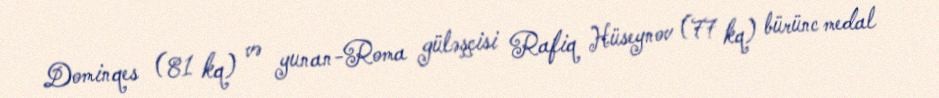
Dominqes (81 kq) və yunan-Roma güləşçisi Rafiq Hüseynov (77 kq) bürünc medal